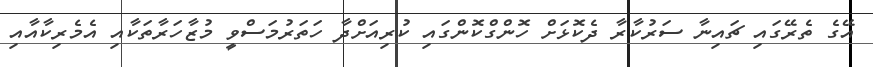
އޭގެ ތެރޭގައި ޗައިނާ ސަރުކާރާ ދެކޮޅަށް ހޮންގްކޮންގައި ކުރިއަށްދާ ހަތަރުމަސްވީ މުޒާހަރާތަކާއި އެމެރިކާއާއި